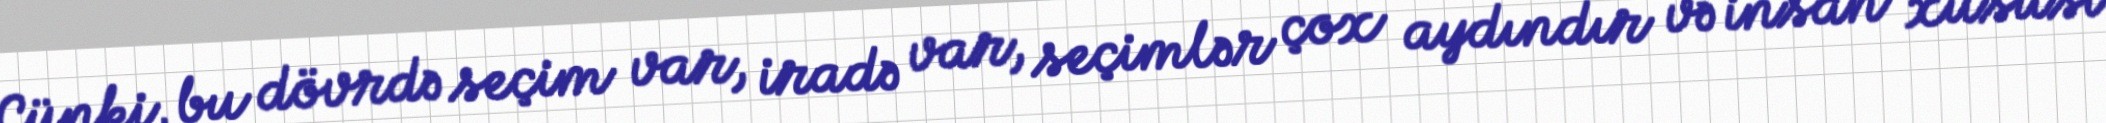
Çünki, bu dövrdə seçim var, iradə var, seçimlər çox aydındır və insan xüsusi